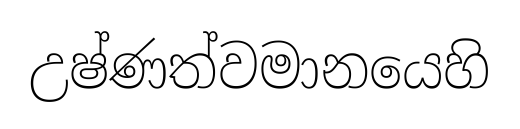
උෂ්ණත්වමානයෙහි